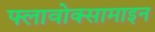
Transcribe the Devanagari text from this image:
फ्लावोक्सामाइन